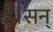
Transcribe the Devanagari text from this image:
हैं।सन्